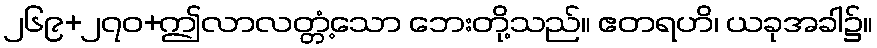
၂၆၉+၂၇၀+ဤလာလတ္တံ့သော ဘေးတို့သည်။ ဧတရဟိ၊ ယခုအခါ၌။